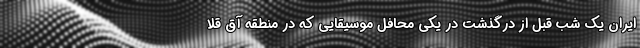
ایران یک شب قبل از درگذشت در یکی محافل موسیقایی که در منطقه آق قلا